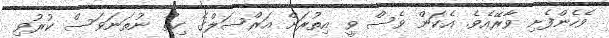
ވެހެންފެށި ވާރޭއެވެ. އެކަން ވެސް ވީ އިތުރަށް އަރްސަލްގެ ހިތް ނުތަނަވަސް ކުރުވި